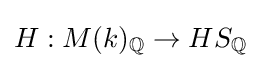
H:M(k)_{\mathbb {Q} }\to HS_{\mathbb {Q} }